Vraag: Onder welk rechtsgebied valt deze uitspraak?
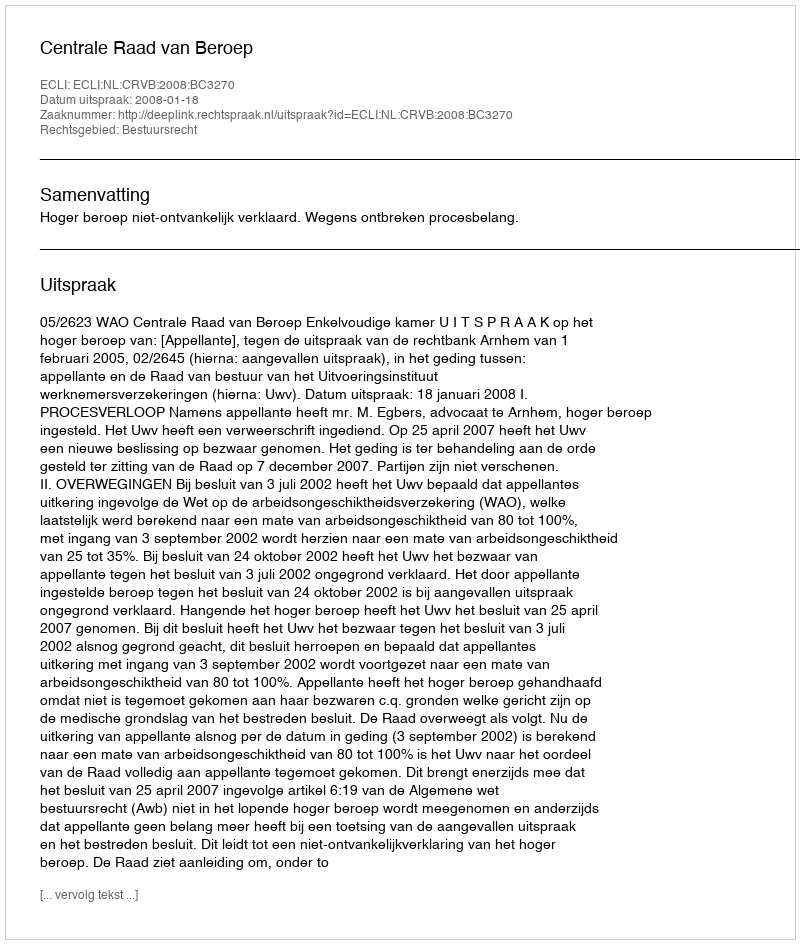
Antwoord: Bestuursrecht